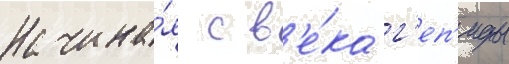
Начина́я с в'е́ка г'еп'иды